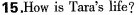
15.How is Tara's life?